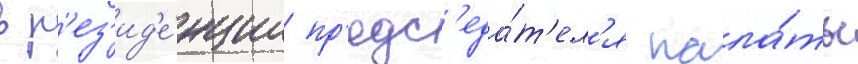
в р'ез'ид'е́нции пр'едс'еда́т'ел'я пала́ты